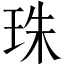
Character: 珠